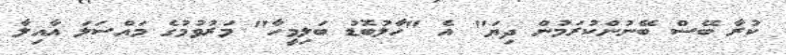
ކުރާ ބޭސް ބޭނުންކުރަމުން ދިޔަ" އެ "ހާލުބޮޑު ބަލިމީހާ" މަރުވުމުގެ މައްސަލަ އާއިލާ